Leaving Certificate Examination, 1910
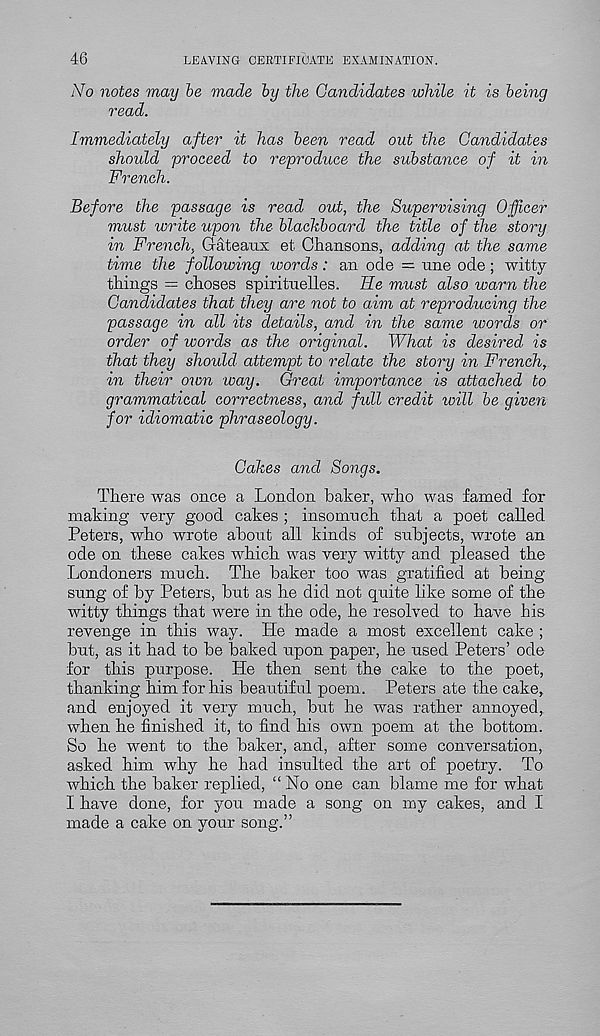
46
LEAVING CERTIFICATE EXAMINATION.
No notes may be made by the Candidates while it is being
read.
Immediately after it has been read out the Candidates
should 'proceed to reproduce the substance of it in
French.
Before the passage is read out, the Supervising Officer
must write upon the blackboard the title of the story
in French, Gateaux et Chansons, adding at the same
time the following words: an ode = une ode; witty
things = choses spirituelles. He must also warn the
Candidates that they are not to aim at reproducing the
passage in all its details, and in the same words or
order of words as the original. What is desired, is
that they should attempt to relate the story in French,
in their own way. Great importance is attached to
grammatical correctness, and full credit will be given
for idiomatic phraseology.
Cakes and Songs.
There was once a London baker, who was famed for
making very good cakes ; insomuch that a poet called
Peters, who wrote about all kinds of subjects, wrote an
ode on these cakes which was very witty and pleased the
Londoners much. The baker too was gratified at being-
sung of by Peters, but as he did not quite like some of the
witty things that were in the ode, he resolved to have his
revenge in this way. He made a most excellent cake ;
but, as it had to be baked upon paper, he used Peters’ ode
for this purpose. He then sent the cake to the poet,
thanking him for his beautiful poem. Peters ate the cake,
and enjoyed it very much, but he was rather annoyed,
when he finished it, to find his own poem at the bottom.
So he went to the baker, and, after some conversation,
asked him why he had insulted the art of poetry. To
which the baker replied, “No one can blame me for what
I have done, for you made a song on my cakes, and I
made a cake on your song.”